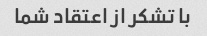
با تشکر از اعتقاد شما